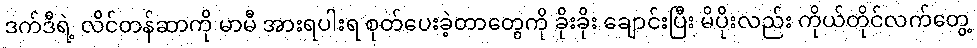
ဒက်ဒီရဲ့ လိင်တန်ဆာကို မာမီ အားရပါးရ စုတ်ပေးခဲ့တာတွေကို ခိုးခိုး ချောင်းပြီး မိပိုးလည်း ကိုယ်တိုင်လက်တွေ့